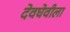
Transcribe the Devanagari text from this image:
देवघेवीला